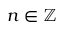
n \in \mathbb { Z }